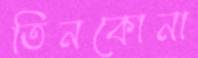
তিনকোনা